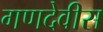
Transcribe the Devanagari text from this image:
गणदेवीस